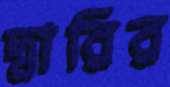
দ্বারির